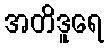
အတိဒူရေ